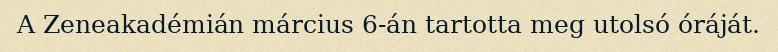
A Zeneakadémián március 6-án tartotta meg utolsó óráját.